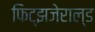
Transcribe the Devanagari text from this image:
फिट्झजेराल्ड